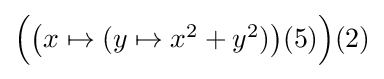
{\textstyle {\Bigl (}{\bigl (}x\mapsto (y\mapsto x^{2}+y^{2}){\bigr )}(5){\Bigr )}(2)}